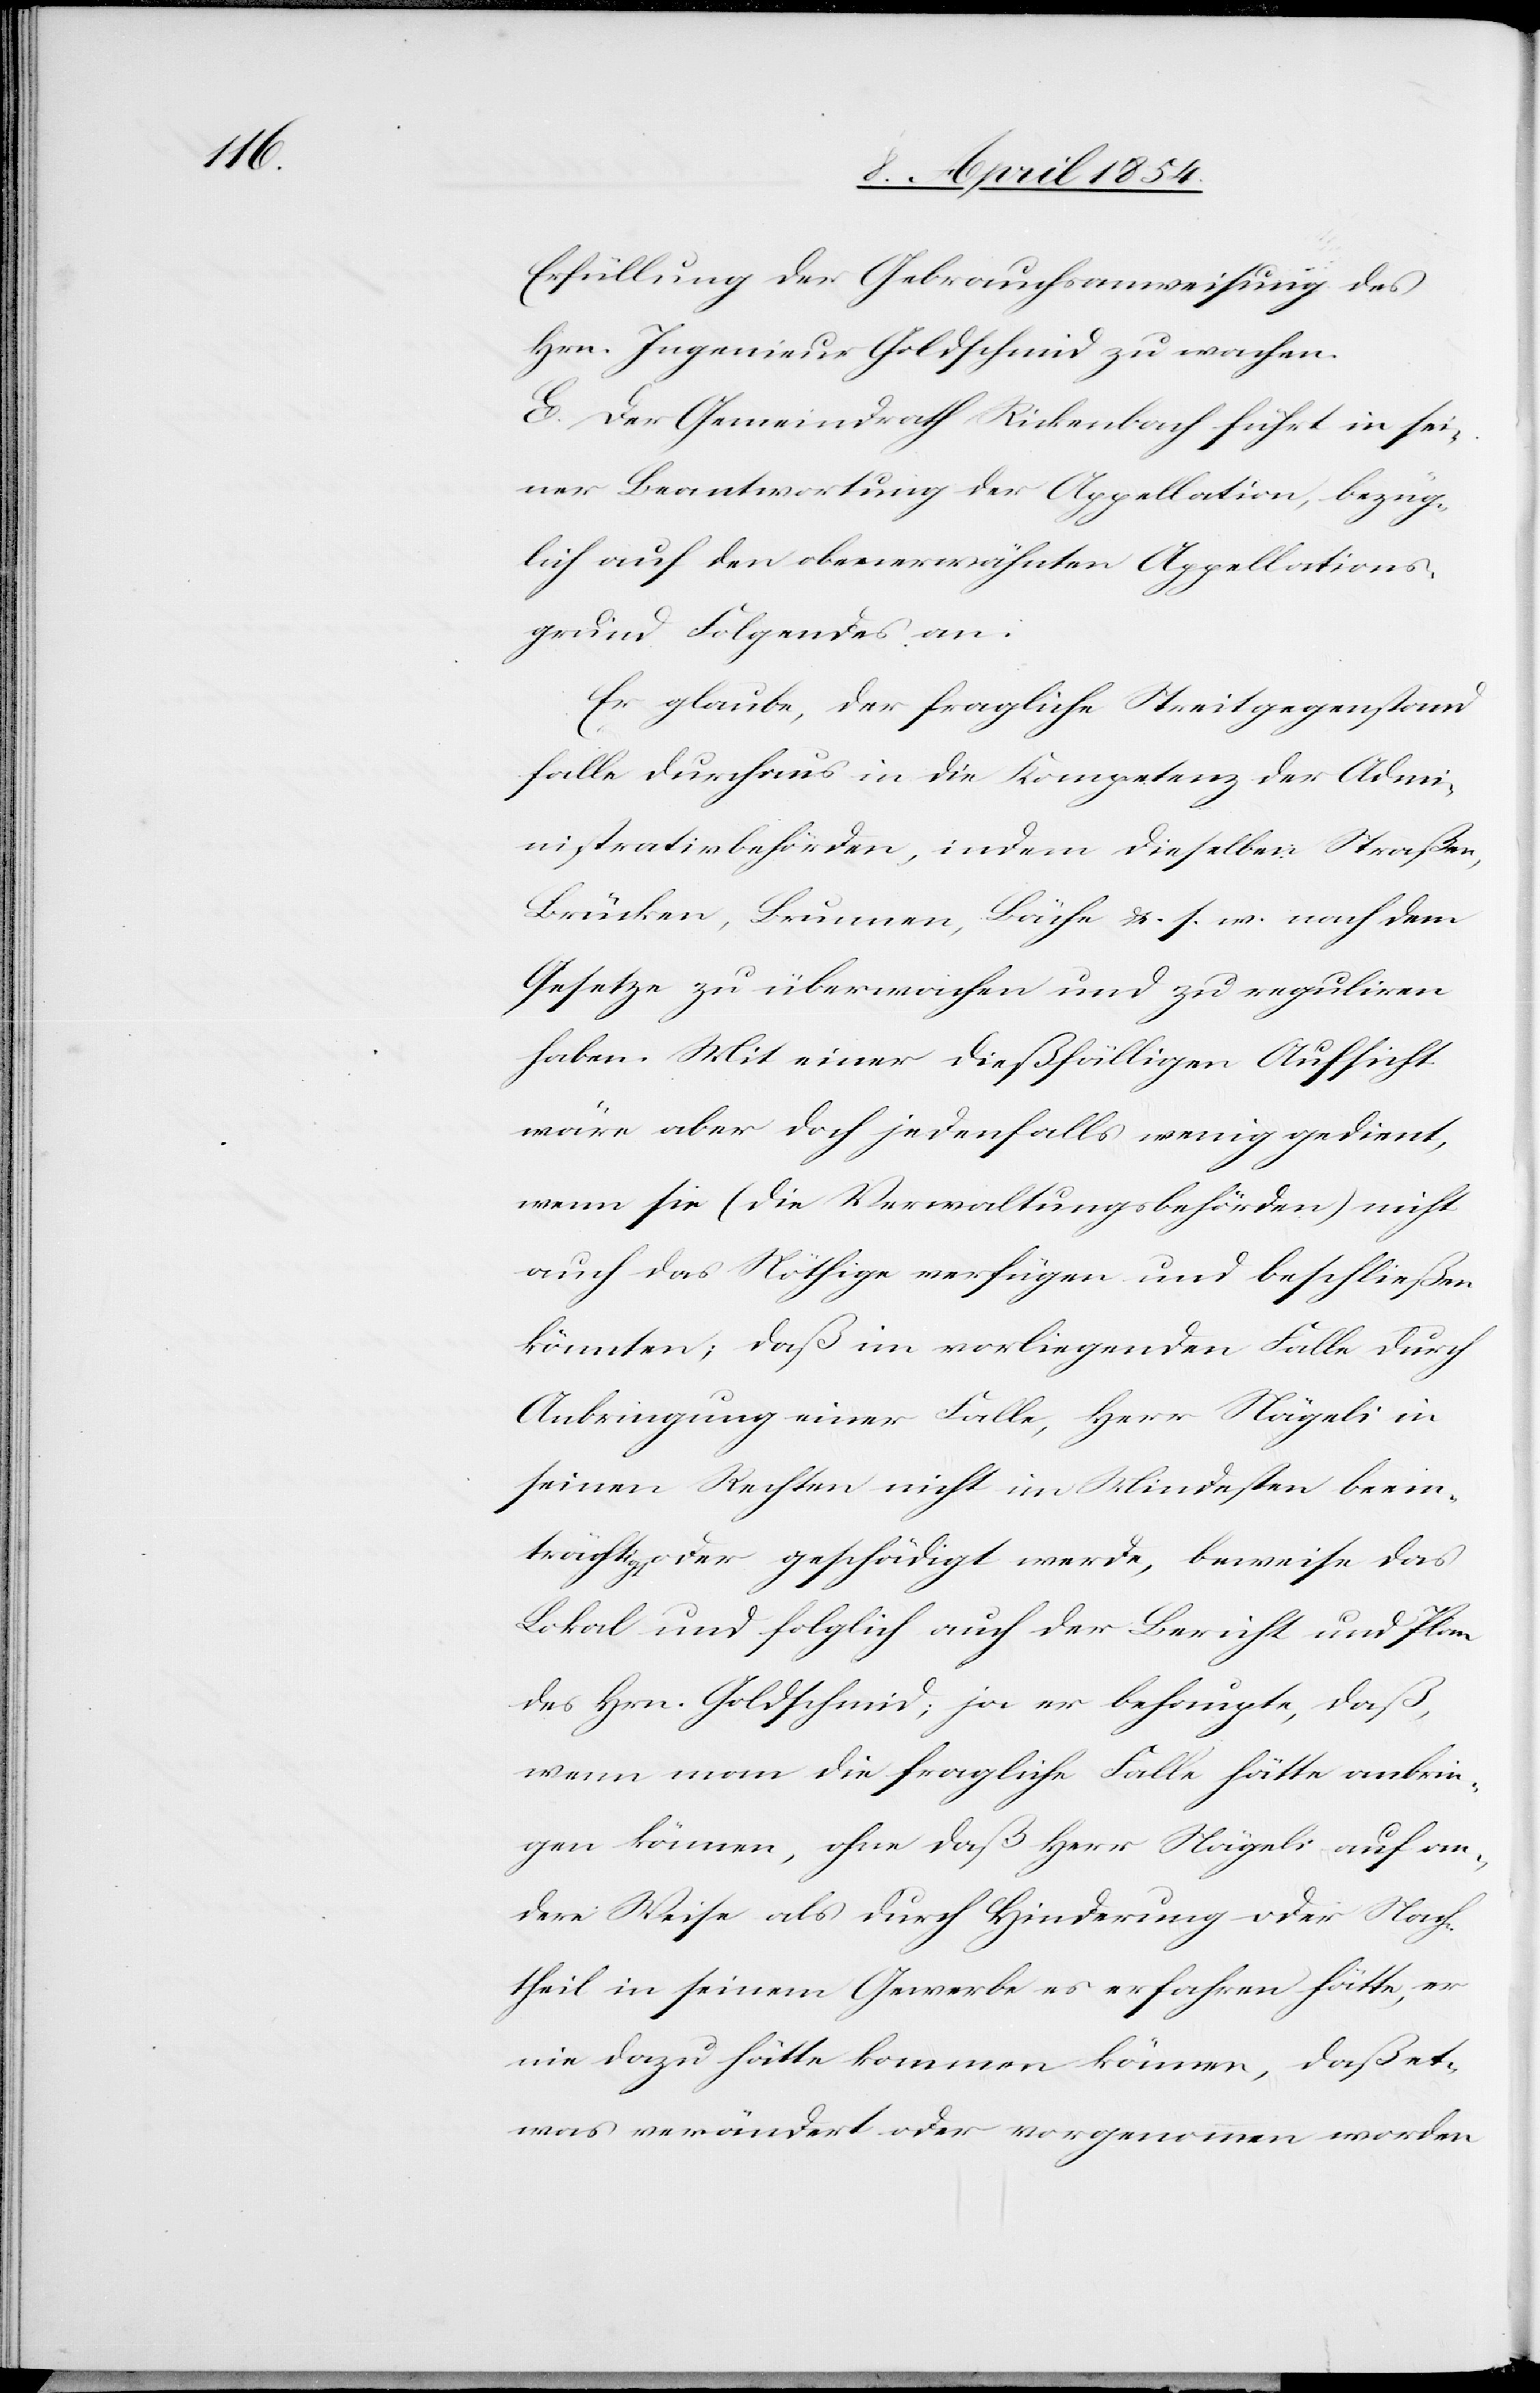
Erfüllung der Gebrauchsanweisung des
Hrn. Ingenieur Goldschmid zu wachen.
E. Der Gemeindrath Rickenbach führt in sei¬
ner Beantwortung der Appellation, bezüg¬
lich auf den obenerwähnten Appellations¬
grund Folgendes an:
Er glaube, der fragliche Streitgegenstand
falle durchaus in die Kompetenz der Admi¬
nistrativbehörden, indem dieselben Straßen,
Brücken, Brunnen, Bäche u. s. w. nach dem
Gesetze zu überwachen und zu reguliren
haben. Mit einer dießfälligen Aufsicht
wäre aber doch jedenfalls wenig gedient,
wenn sie (die Verwaltungsbehörden) nicht
auch das Nöthige verfügen und beschließen
könnten; daß im vorliegenden Falle durch
Anbringung einer Falle, Herr Nägeli in
seinen Rechten nicht im Mindesten beein¬
trächtigt oder geschädigt werde, beweise das
Lokal und folglich auch der Bericht und Plan
des Hrn. Goldschmid; ja er behaupte, daß,
wenn man die fragliche Falle hätte anbrin¬
gen können, ohne daß Herr Nägeli auf an¬
dere Weise als durch Hinderung oder Nach¬
theil in seinem Gewerbe es erfahren hätte, er
nie dazu hätte kommen können, daß et¬
was verändert oder vorgenommen worden